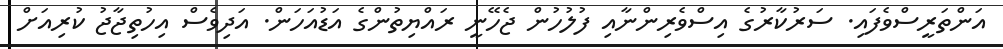
އަންތަރީސްވެފައި. ސަރުކާރުގެ އިސްވެރިންނާއި ފުލުހުން ޖެހޭނީ ރައްޔިތުންގެ އަޑުއަހަން. އަދިވެސް އިހުތިޖާޖު ކުރިއަށް